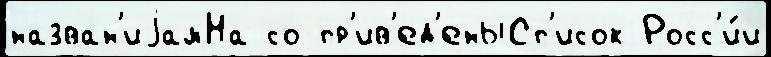
назван'иjамНа со пр'ив'ед'еныСп'исок Росс'и́и